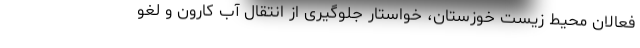
فعالان محیط زیست خوزستان، خواستار جلوگیری از انتقال آب کارون و لغو